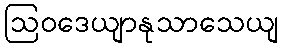
ဩဝဒေယျာနုသာသေယျ